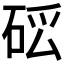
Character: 𥒗